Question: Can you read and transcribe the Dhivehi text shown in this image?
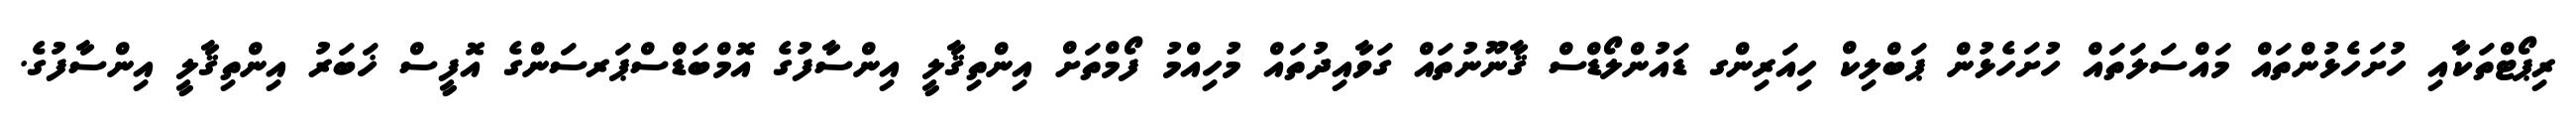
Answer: ރިޕޯޓްތަކާއި ހުށަހެޅުންތައް މައްސަލަތައް ހުށަހެޅުން ޕަބްލިކް ހިއަރިންގ ޑައުންލޯޑްސް ޤާނޫނުތައް ގަވާއިދުތައް މުހިއްމު ފޯމްތަށް އިންތިޤާލީ އިންސާފުގެ އޮމްބަޑްސްޕަރސަންގެ އޮފީސް ޚަބަރު އިންތިޤާލީ އިންސާފުގެ.